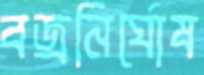
বজ্রনির্ঘোষ